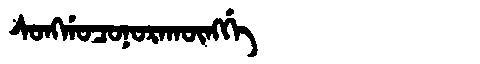
Manchu: ᠰᠣᠩᡤᠣᠴᠣᠨᠣᡵᠠᡴᡡᠩᡤᡝ
Romanization: SONGGOCONORAKŪNGGE